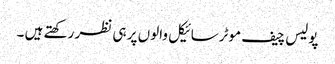
پولیس چیف موٹرسائیکل والوں پر ہی نظر رکھتے ہیں ۔